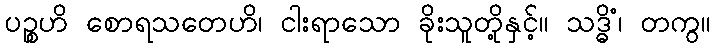
ပဉ္စဟိ စောရသတေဟိ၊ ငါးရာသော ခိုးသူတို့နှင့်။ သဒ္ဓိံ၊ တကွ။